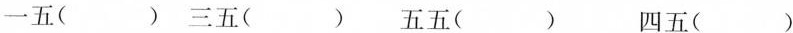
一五( ) 三五( ) 五五( ) 四五( )